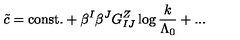
\tilde { c } = \mathrm { c o n s t . } + \beta ^ { I } \beta ^ { J } { G _ { I J } ^ { Z } } \log { { \frac { k } { \Lambda _ { 0 } } } } + . . .